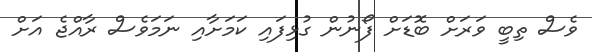
ވެސް ތިބީ ވަރަށް ބޮޑަށް ފޯނުން ގުޅިފައި ކަމަށާއި ނަމަވެސް ރާއްޖެ އަށް